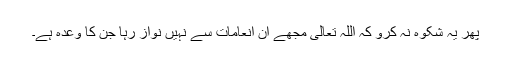
پھر یہ شکوہ نہ کرو کہ اللہ تعالیٰ مجھے اُن انعامات سے نہیں نواز رہا جن کا وعدہ ہے۔